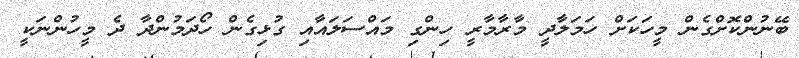
ބޭނުންކޮށްގެން މީހަކަށް ހަމަލާދީ މާރާމާރީ ހިންގި މައްސަލައާއި ގުޅިގެން ހޯދަމުންދާ ދެ މީހުންނަކީ